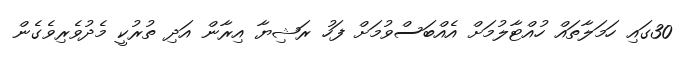
30ގައި ހަމަލާތައް ހުއްޓާލުމަށް އެއްބަސްވުމަށް ފަހު ރަޝިޔާ އިރާން އަދި ތުރުކީ މެދުވެރިވެގެން